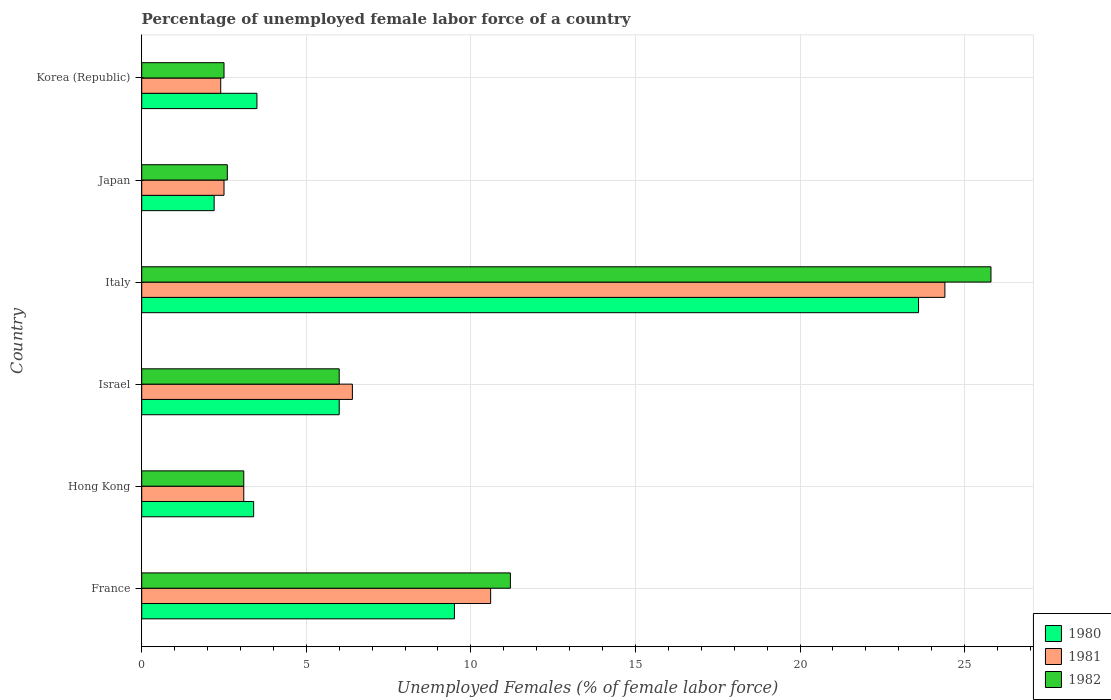
| Country | 1980 | 1981 | 1982 |
 | --- | --- | --- | --- |
 | France | 9.5 | 10.6 | 11.2 |
 | Hong Kong | 3.4 | 3.1 | 3.1 |
 | Israel | 6 | 6.4 | 6 |
 | Italy | 23.6 | 24.4 | 25.8 |
 | Japan | 2.2 | 2.5 | 2.6 |
 | Korea (Republic) | 3.5 | 2.4 | 2.5 |